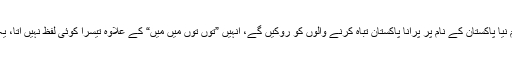
بلاول بھٹو زرداری نے کہا ہے کہ ہم نیا پاکستان کے نام پر پرانا پاکستان تباہ کرنے والوں کو روکیں گے، انہیں ”توں توں میں میں“ کے علاوہ تیسرا کوئی لفظ نہیں آتا، یہ معاشی بحران کا حل کیا نکالیں گے۔